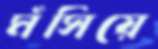
মঁসিয়ে